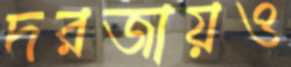
দরজায়ও